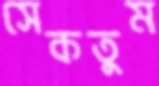
সেকতুম